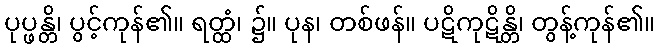
ပုပ္ဖန္တိ၊ ပွင့်ကုန်၏။ ရတ္ထံ၊ ၌။ ပုန၊ တစ်ဖန်။ ပဋိကုဋိန္တိ၊ တွန့်ကုန်၏။